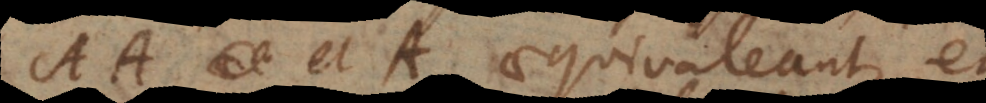
A A et A aequivaleant, et